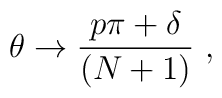
\theta\rightarrow {p\pi+\delta\over (N+1)} \ ,